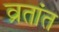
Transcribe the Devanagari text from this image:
व्रतांत